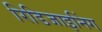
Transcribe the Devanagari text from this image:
रिडिजाइनिंग